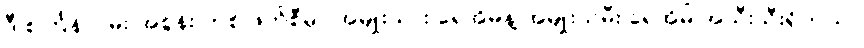
ဒီ စင်္ကြန်လမ်း အစွန်း တစ် ဖက်စီမှာ အမျိုးသား ရေအိမ်နဲ့ အမျိုးသမီး ရေအိမ် အသီးသီးရှိတယ်။